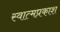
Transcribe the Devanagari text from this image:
स्वात्मप्रकाश